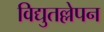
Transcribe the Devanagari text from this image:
विद्युतल्लेपन